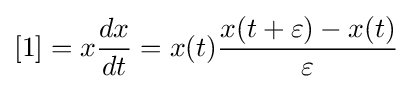
[1]=x{\frac {dx}{dt}}=x(t){\frac {x(t+\varepsilon )-x(t)}{\varepsilon }}